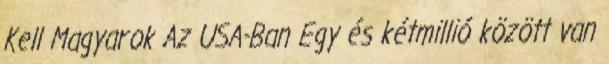
Kell Magyarok Az USA-Ban Egy és kétmillió között van